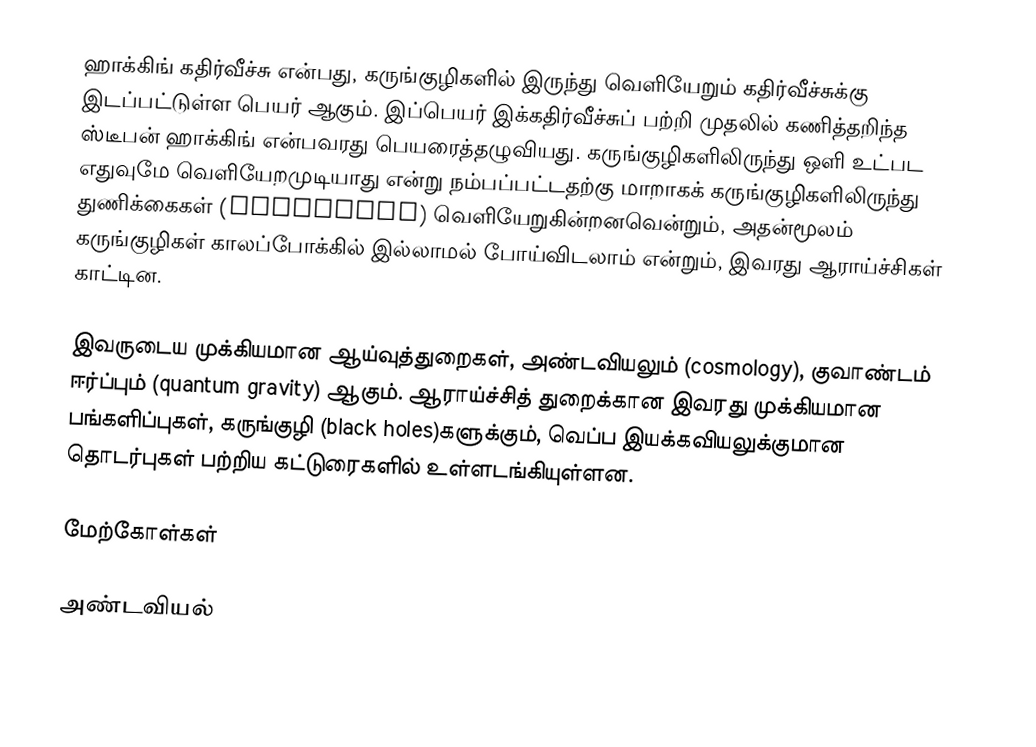
ஹாக்கிங் கதிர்வீச்சு என்பது, கருங்குழிகளில் இருந்து வெளியேறும் கதிர்வீச்சுக்கு இடப்பட்டுள்ள பெயர் ஆகும். இப்பெயர் இக்கதிர்வீச்சுப் பற்றி முதலில் கணித்தறிந்த ஸ்டீபன் ஹாக்கிங் என்பவரது பெயரைத்தழுவியது. கருங்குழிகளிலிருந்து ஒளி உட்பட எதுவுமே வெளியேறமுடியாது என்று நம்பப்பட்டதற்கு மாறாகக் கருங்குழிகளிலிருந்து துணிக்கைகள் (Particles) வெளியேறுகின்றனவென்றும், அதன்மூலம் கருங்குழிகள் காலப்போக்கில் இல்லாமல் போய்விடலாம் என்றும், இவரது ஆராய்ச்சிகள் காட்டின.

இவருடைய முக்கியமான ஆய்வுத்துறைகள், அண்டவியலும் (cosmology), குவாண்டம் ஈர்ப்பும் (quantum gravity) ஆகும். ஆராய்ச்சித் துறைக்கான இவரது முக்கியமான பங்களிப்புகள், கருங்குழி (black holes)களுக்கும், வெப்ப இயக்கவியலுக்குமான தொடர்புகள் பற்றிய கட்டுரைகளில் உள்ளடங்கியுள்ளன.

மேற்கோள்கள்

அண்டவியல்